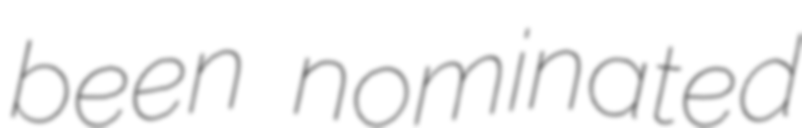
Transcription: been nominated